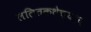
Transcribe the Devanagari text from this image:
ललितकथेच्याच